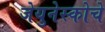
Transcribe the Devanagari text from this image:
जेयुनेस्कोचे